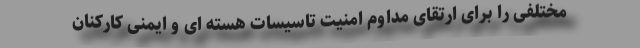
مختلفی را برای ارتقای مداوم امنیت تاسیسات هسته ای و ایمنی کارکنان